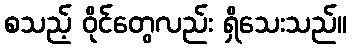
စသည့် ဝိုင်တွေလည်း ရှိသေးသည်။